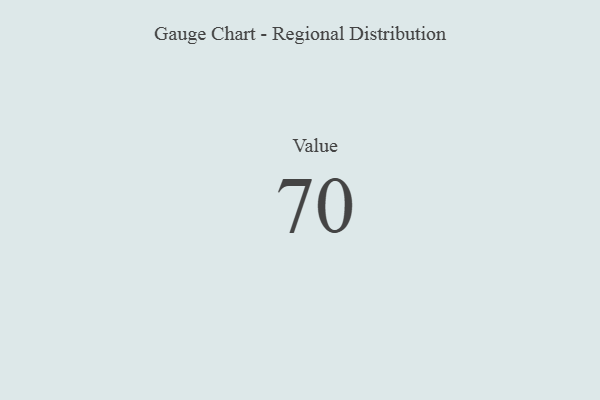
{"axis": {"x": "Metric", "y": "Value"}, "legend": [""], "data": [{"x": "Value", "y": 70, "type": ""}]}